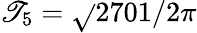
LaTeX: \mathscr{T}_{5}=\sqrt{}{{2701/2}}\pi